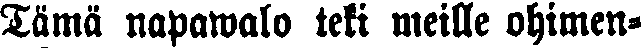
Tämä napawalo teki meille ohimen-